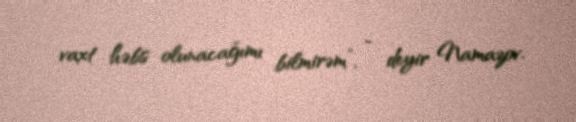
vaxt həbs olunacağımı bilmirəm”, - deyir Namazov.